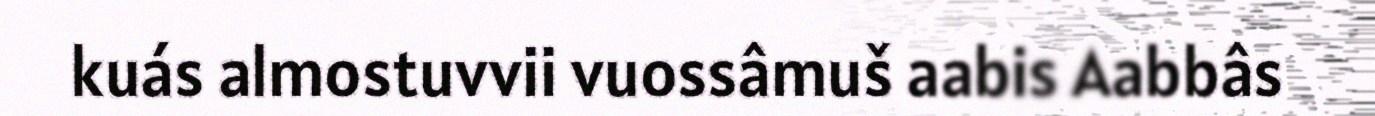
kuás almostuvvii vuossâmuš aabis Aabbâs